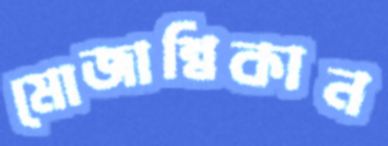
মোজাম্বিকান